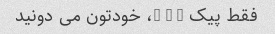
فقط پیک … … …، خودتون مى دونید